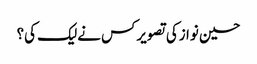
حسین نوازکی تصویرکس نےلیک کی؟